Scottish Leaving Certificate Examination, 1954
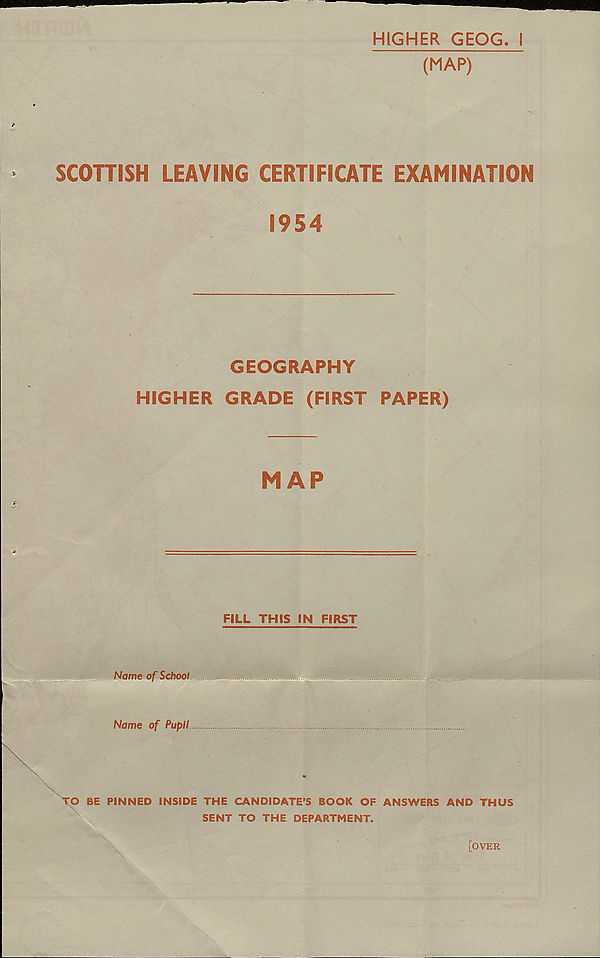
HIGHER GEOG. i
(MAP)
SCOTTISH LEAVING CERTIFICATE EXAMINATION
1954
GEOGRAPHY
HIGHER GRADE (FIRST PAPER)
MAP
FILL THIS IN FIRST
Name of School
....
..
Name of Pupil
TO BE PINNED INSIDE THE CANDIDATE’S BOOK OF ANSWERS AND THUS
SENT TO THE DEPARTMENT.
[over